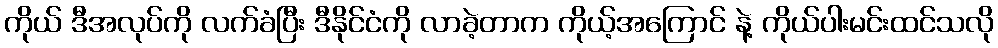
ကိုယ် ဒီအလုပ်ကို လက်ခံပြီး ဒီနိုင်ငံကို လာခဲ့တာက ကိုယ့်အကြောင် နဲ့ ကိုယ်ပါးမင်းထင်သလို